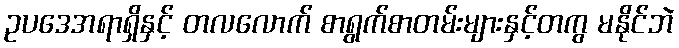
ဥပဒေအရာရှိနှင့် တလလောက် စာရွက်စာတမ်းများနှင့်တကွ မနိုင်ဘဲ